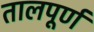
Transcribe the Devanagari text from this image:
तालपूर्ण